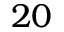
2 0